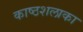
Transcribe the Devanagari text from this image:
काष्ठशलाका